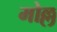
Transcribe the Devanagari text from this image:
मोल्ल